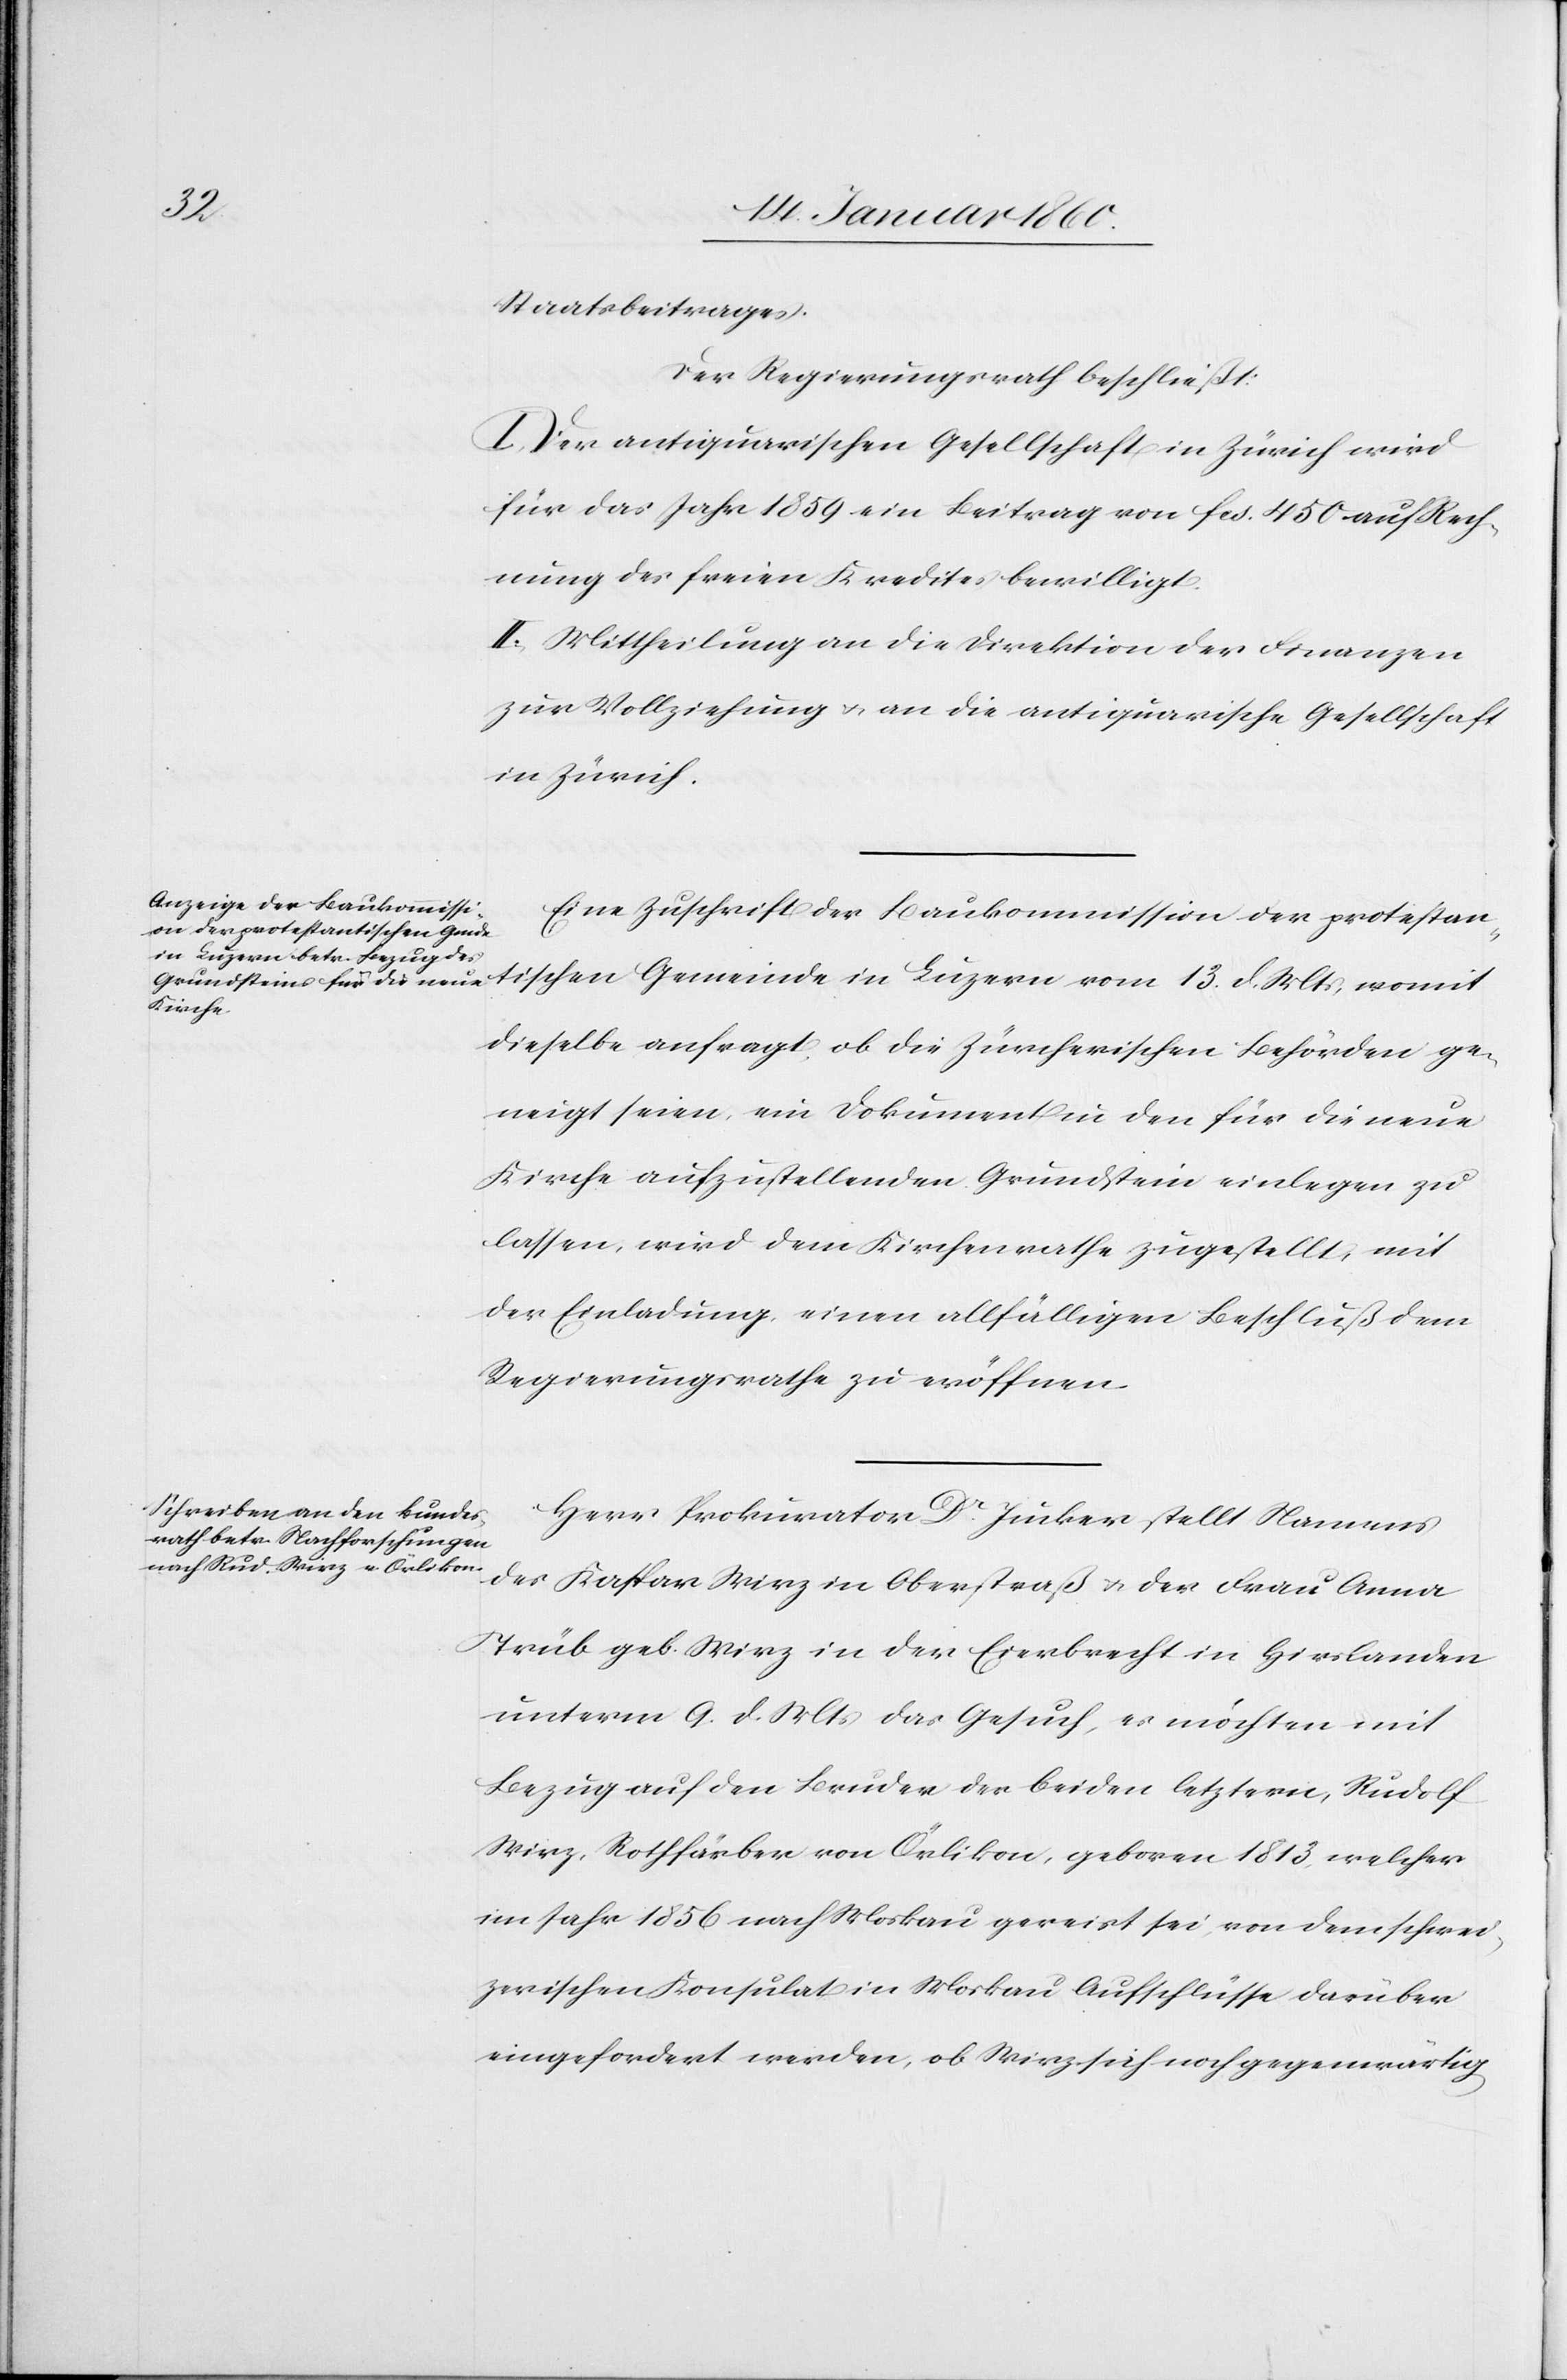
Staatsbeitrages.
Der Regierungsrath beschließt:
I. Der Antiquarischen Gesellschaft in Zürich wird
für das Jahr 1859. ein Beitrag von fcs. 450. auf Rech¬
nung des freien Kredites bewilligt.
II. Mittheilung an die Direktion der Finanzen
zur Vollziehung u. an die antiquarische Gesellschaft
in Zürich.
Eine Zuschrift der Baukommission der protestan¬
tischen Gemeinde in Luzern vom 13. d. Mts., womit
dieselbe anfragt, ob die Zürcherischen Behörden ge¬
neigt seien ein Dokument in den für die neue
Kirche aufzustellenden Grundstein einlegen zu
lassen, wird dem Kirchenrathe zugestellt mit
der Einladung einen allfälligen Beschluß dem
Regierungsrathe zu eröffnen.
Herr Prokurator Dr Jucker stellt Namens
des Kaspar Wirz in Oberstraß u. der Frau Anna
Trüb geb. Wirz in der Eierbrecht in Hirslanden
unterm 9. d. Mts. das Gesuch, es möchten mit
Bezug auf den Bruder der beiden letztern, Rudolf
Wirz, Rothfärber von Örlikon, geboren 1813. welcher
im Jahr 1856. nach Moskau gereist sei, von dem schwei¬
zerischen Konsulat in Moskau Aufschlüsse darüber
eingefordert werden, ob Wirz sich noch gegenwärtig